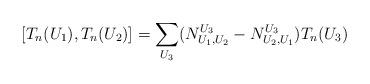
LaTeX: \begin{align*}[T_{n}(U_1), T_{n}(U_2)] = \sum_{U_3} (N_{U_1, U_2}^{U_3} - N_{U_2, U_1}^{U_3}) T_{n}(U_3)\end{align*}